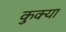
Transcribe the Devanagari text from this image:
कुक्या